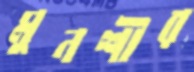
মুনশীর